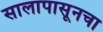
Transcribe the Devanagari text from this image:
सालापासूनचा